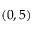
( 0 , 5 )